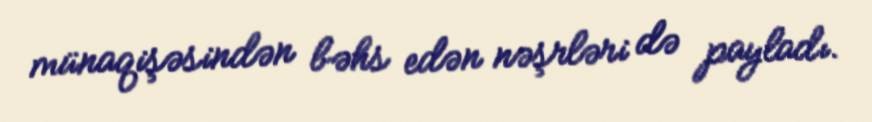
münaqişəsindən bəhs edən nəşrləri də payladı.